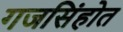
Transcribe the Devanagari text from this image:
गजसिंहोत